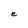
Character: e